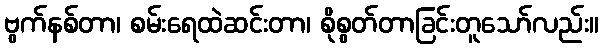
ဗွက်နစ်တာ၊ စမ်းရေထဲဆင်းတာ၊ စိုစွတ်တာခြင်းတူသော်လည်း။